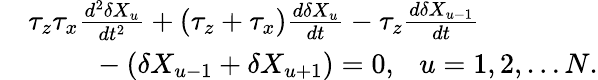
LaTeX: \begin{array}{rl}&{\tau_{z}\tau_{x}\frac{d^{2}\delta X_{u}}{dt^{2}}+(\tau_{z}+\tau_{x})\frac{d\delta X_{u}}{dt}-\tau_{z}\frac{d\delta X_{u-1}}{dt}}\\ &{~~~~~~~~~-(\delta X_{u-1}+\delta X_{u+1})=0,~~~u=1,2,\dots N.}\end{array}